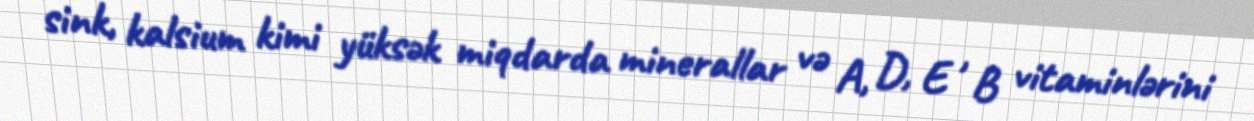
sink, kalsium kimi yüksək miqdarda minerallar və A, D, E , B vitaminlərini